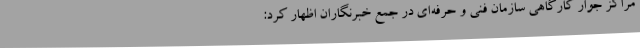
مراکز جوار کارگاهی سازمان فنی و حرفه‌ای در جمع خبرنگاران اظهار کرد: